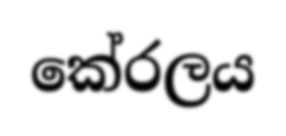
කේරලය